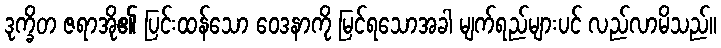
ဒုက္ခိတ ဇရာအို၏ ပြင်းထန်သော ဝေဒနာကို မြင်ရသောအခါ မျက်ရည်များပင် လည်လာမိသည်။